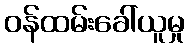
ဝန်ထမ်းခေါ်ယူမှု